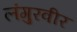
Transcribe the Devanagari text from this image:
लंगुरवीर